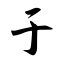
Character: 于